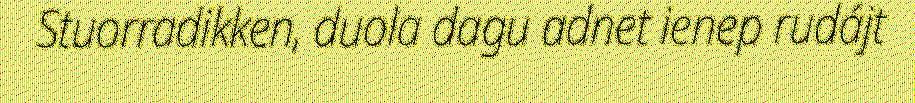
Stuorradikken, duola dagu adnet ienep rudájt